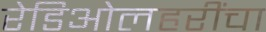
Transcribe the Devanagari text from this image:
रेडिओलहरींचा